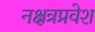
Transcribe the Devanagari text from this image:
नक्षत्रप्रवेश